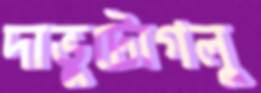
দাভুটোগলু